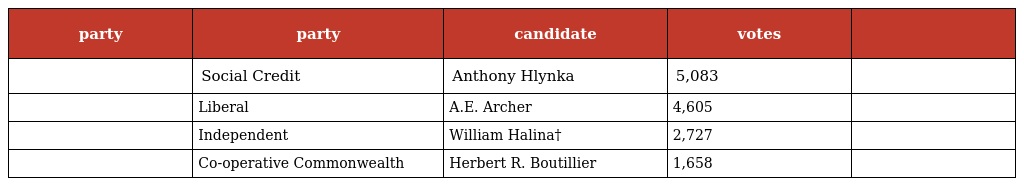
| party | party | candidate | votes |  |
 | --- | --- | --- | --- | --- |
 |  | Social Credit | Anthony Hlynka | 5,083 |  |
 |  | Liberal | A.E. Archer | 4,605 |  |
 |  | Independent | William Halina† | 2,727 |  |
 |  | Co-operative Commonwealth | Herbert R. Boutillier | 1,658 |  |